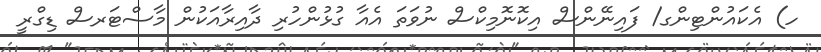
ހ) އެކައުންޓިންގ/ ފައިނޭންސް އިކޮނޮމިކްސް ނުވަތަ އެއާ ގުޅުންހުރި ދާއިރާއަކުން މާސްޓަރސް ޑިގްރީ